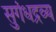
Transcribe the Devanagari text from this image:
सुगंधद्रव्य